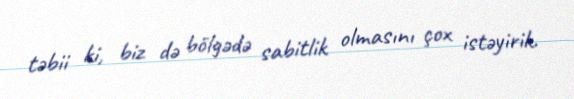
təbii ki, biz də bölgədə sabitlik olmasını çox istəyirik.